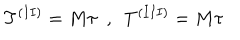
T ^ { ( I I ) } = M \tau ~ ~ , ~ ~ T ^ { ( I I I ) } = M \tau